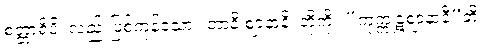
စတ္တာရိပိ၊ လည်းဖြစ်ကုန်သော။ တာနိ ဈာနာနိ၊ တို့ကို။ “ကုက္ကုဋဈာနာနီ”တိ၊